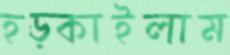
হড়্‌কাইলাম